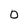
Character: 0